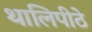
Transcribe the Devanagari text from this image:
थालिपीठे